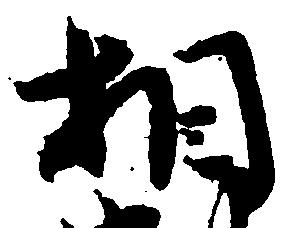
相